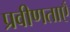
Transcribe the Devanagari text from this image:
प्रवीणताएँ